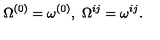
\Omega ^ { ( 0 ) } = \omega ^ { ( 0 ) } , \ \Omega ^ { i j } = \omega ^ { i j } .